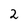
Character: 2